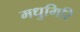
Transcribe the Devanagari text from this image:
मधुगिरि